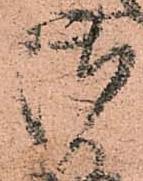
御